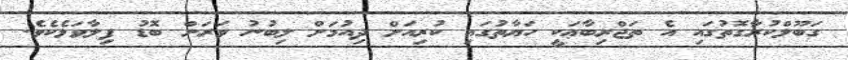
ގަބޫލްކުރާގޮތުގައި އެ ތަޖްރިބާޢަކީ ހަޔާތުގައި ކުރިއަށް ދިއުމަށް ލިބުނު ވަރަށް ބޮޑު ފިލާވަޅެކެވެ.